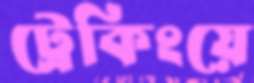
ট্রেকিংয়ে